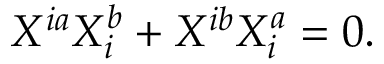
X ^ { i a } X _ { i } ^ { b } + X ^ { i b } X _ { i } ^ { a } = 0 .